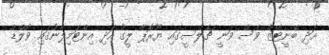
އަދި ބެނީޓޭޒް ވެސް ވަނީ ޗެލްސީގައި ޔޫރޮޕާ ލީގު އަދި އިންޓަމިލާނުގައި ވޯލްޑް